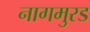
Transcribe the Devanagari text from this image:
नागमुरड